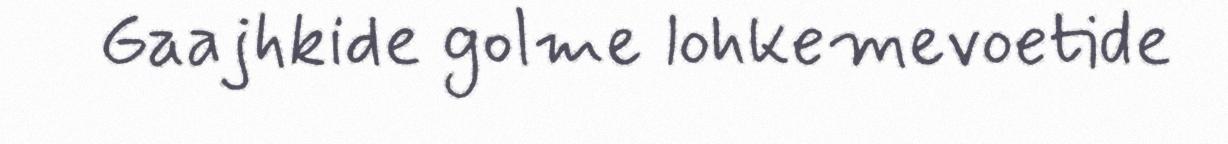
Gaajhkide golme lohkemevoetide